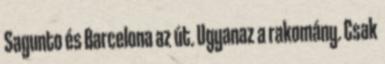
Sagunto és Barcelona az út. Ugyanaz a rakomány. Csak